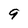
Character: 9